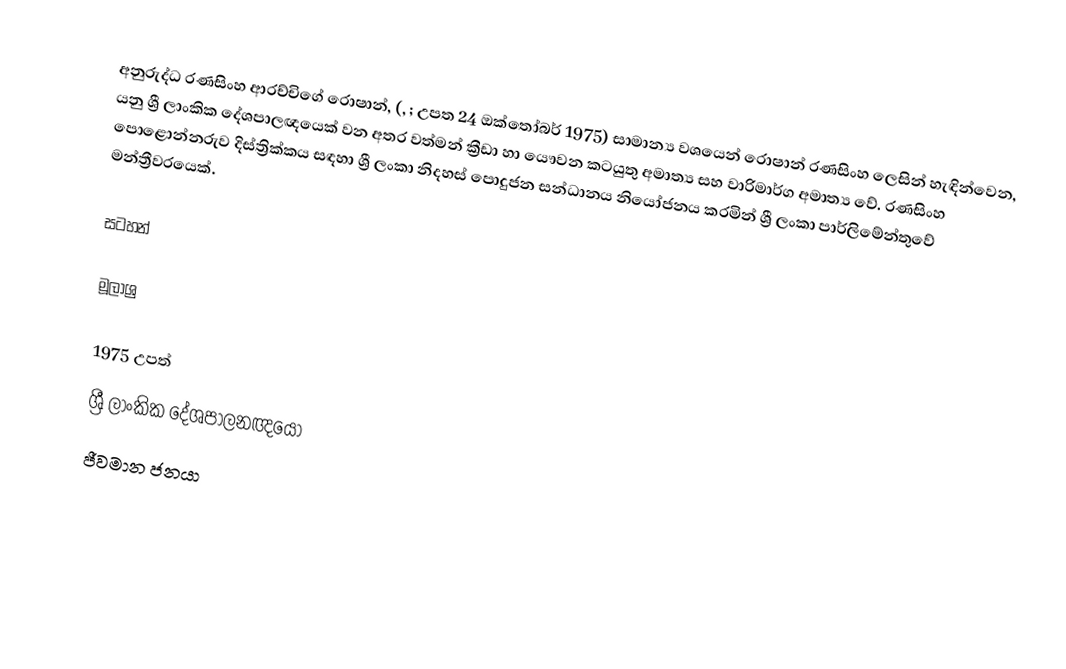
අනුරුද්ධ රණසිංහ ආරච්චිගේ රොෂාන්, (, ; උපත 24 ඔක්තෝබර් 1975) සාමාන්‍ය වශයෙන් රොෂාන් රණසිංහ ලෙසින් හැඳින්වෙන, යනු ශ්‍රී ලාංකික දේශපාලඥයෙක් වන අතර වත්මන් ක්‍රීඩා හා යෞවන කටයුතු අමාත්‍ය සහ වාරිමාර්ග අමාත්‍ය වේ. රණසිංහ පොළොන්නරුව දිස්ත්‍රික්කය සඳහා ශ්‍රී ලංකා නිදහස් පොදුජන සන්ධානය නියෝජනය කරමින් ශ්‍රී ලංකා පාර්ලිමේන්තුවේ මන්ත්‍රීවරයෙක්.

සටහන්

මූලාශ්‍ර

1975 උපත්
ශ්‍රී ලාංකික දේශපාලනඥයෝ
ජීවමාන ජනයා